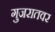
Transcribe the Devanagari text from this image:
गुजरातवर